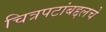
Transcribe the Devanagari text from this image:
चित्रपटांबद्दलचे